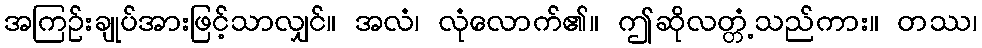
အကြဉ်းချုပ်အားဖြင့်သာလျှင်။ အလံ၊ လုံလောက်၏။ ဤဆိုလတ္တံ့သည်ကား။ တဿ၊